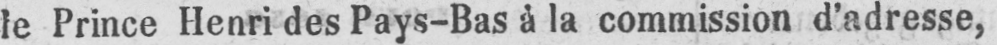
le Prince Henri des Pays-Bas à la commission d’adresse,